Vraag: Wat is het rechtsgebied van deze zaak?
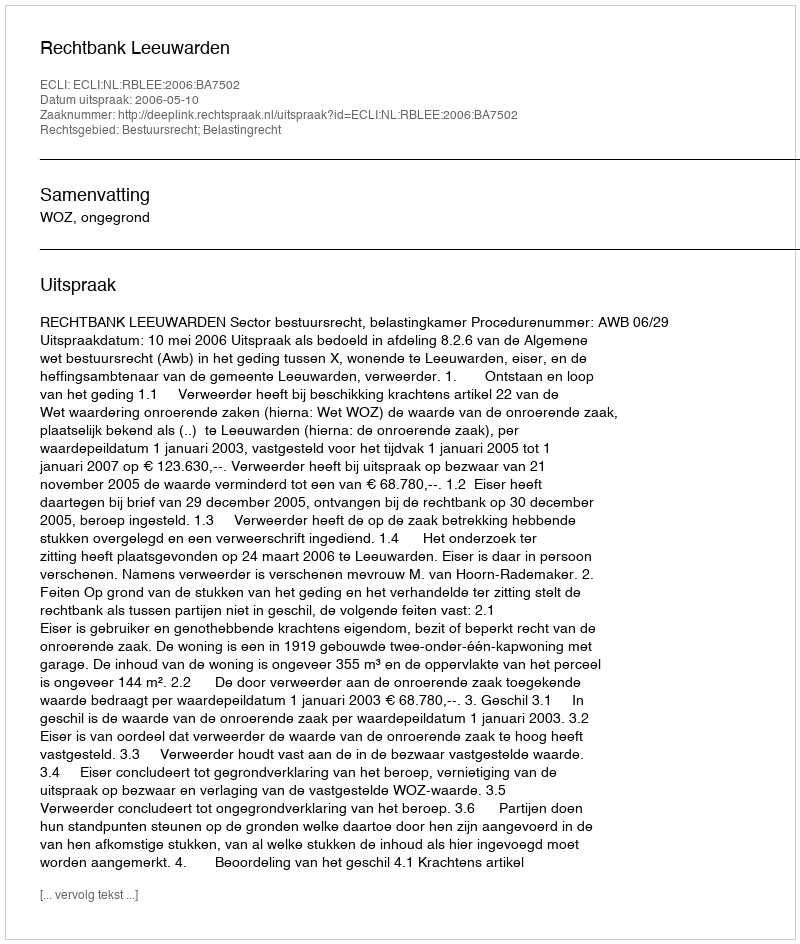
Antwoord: Bestuursrecht; Belastingrecht